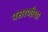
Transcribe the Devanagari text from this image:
पसरणीचा